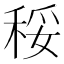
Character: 䅑